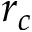
r _ { c }